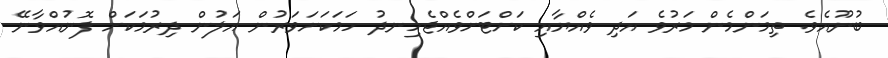
ބުނޫއެވެ. ތިމަންމެން މަރުވެ އަދި ވެއްޔާއި ކަށްޓަށްވެއްޖެހިނދު ހަމަކަށަވަރުން އަލުން ދިރުމަކަށް ފޮނުއްވާނޭ